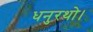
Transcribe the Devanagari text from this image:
धनुरथो।